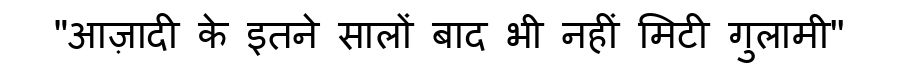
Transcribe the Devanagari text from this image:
"आज़ादी के इतने सालों बाद भी नहीं मिटी गुलामी''